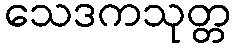
သေဒကသုတ္တ